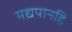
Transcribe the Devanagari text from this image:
मद्यपानहि